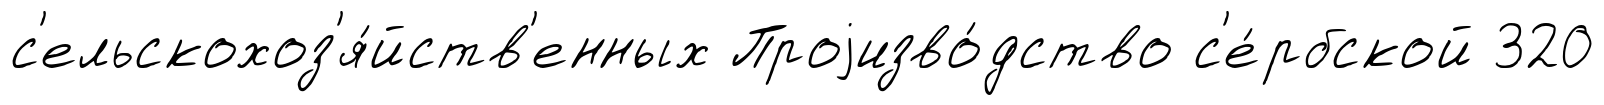
с'ельскохоз'я́йств'енных Проjизво́дство с'е́рбской 320